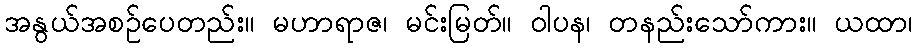
အနွယ်အစဉ်ပေတည်း။ မဟာရာဇ၊ မင်းမြတ်။ ဝါပန၊ တနည်းသော်ကား။ ယထာ၊